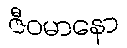
ဇီဝမာနော